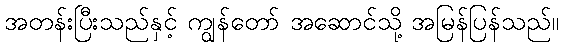
အတန်းပြီးသည်နှင့် ကျွန်တော် အဆောင်သို့ အမြန်ပြန်သည်။